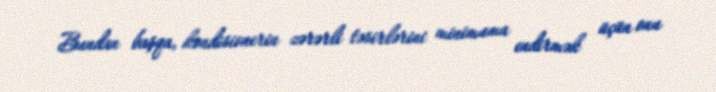
Bundan başqa, kondisionerin zərərli təsirlərini minimuma endirmək üçün onu